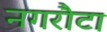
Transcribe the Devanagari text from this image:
नगरौटा